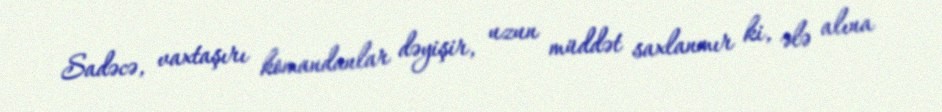
Sadəcə, vaxtaşırı komandanlar dəyişir, uzun müddət saxlanmır ki, ələ alına